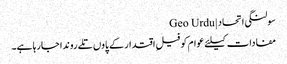
سولنگی اتحاد | Geo Urdu
مفادات کیلئے عوام کو فیلِ اقتدار کے پاوں تلے روندا جارہا ہے۔